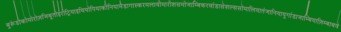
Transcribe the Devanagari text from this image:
बुरूंडीकोमोरोज़जिबूतीईरीट्रियाइथियोपियाकीनियामैडागास्करमलावीमारीशसमोजाम्बिकरवांडासेशल्ससोमालियातंजानियायुगांडाजाम्बियाज़िम्बाबवे